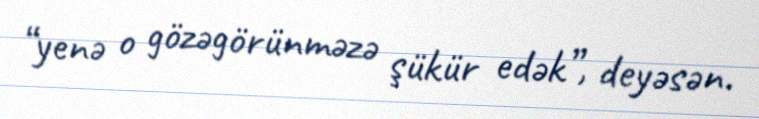
“yenə o gözəgörünməzə şükür edək”, deyəsən.